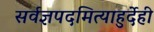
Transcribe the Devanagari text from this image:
सर्वज्ञपदमित्याहुर्देही